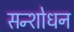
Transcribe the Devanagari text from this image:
सन्शोधन